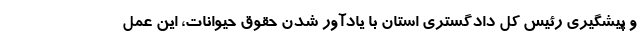
و پیشگیری رئیس کل دادگستری استان با یادآور شدن حقوق حیوانات، این عمل